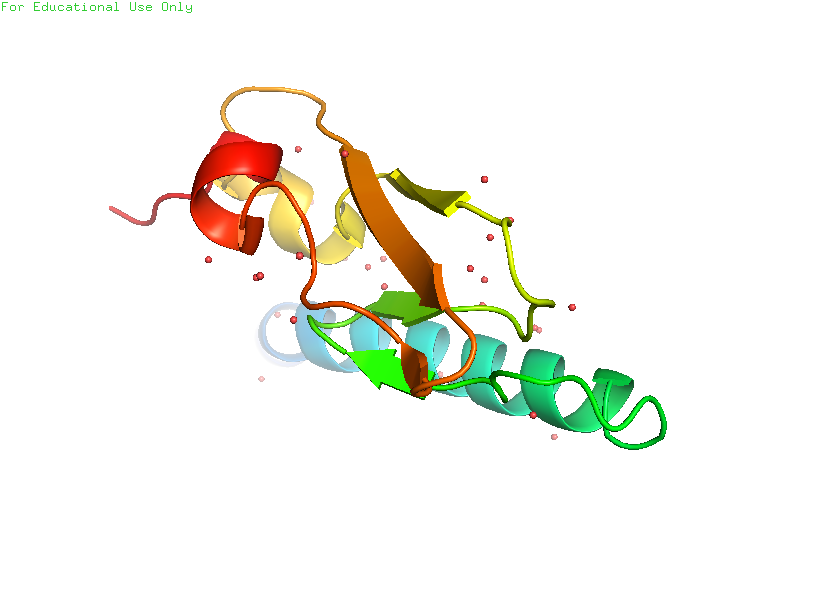
pymol, preset, pretty_solv